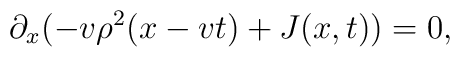
\partial_x ( - v \rho^2(x-v t)+J(x,t))=0,